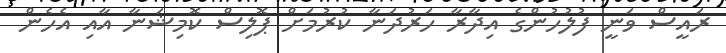
ރައީސް ވަނީ ފުލުހުންގެ އިދާރާ ހަރުދަނާ ކުރުމަށް ޕޮލިސް ކޮމިޝަނާ އާއި އެހެން